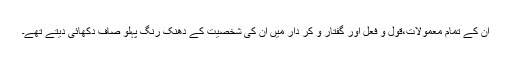
ان کے تمام معمولات،قول و فعل اور گفتار و کر دار میں ان کی شخصیت کے دھنک رنگ پہلو صاف دکھائی دیتے تھے۔